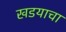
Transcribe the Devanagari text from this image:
खडयाचा